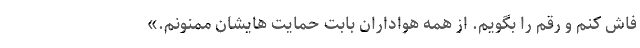
فاش کنم و رقم را بگویم. از همه هواداران بابت حمایت هایشان ممنونم.»